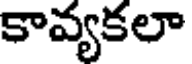
కావ్యకలా